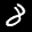
Label: 8